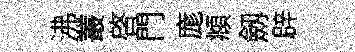
沸叢啓門庬頫劔辟